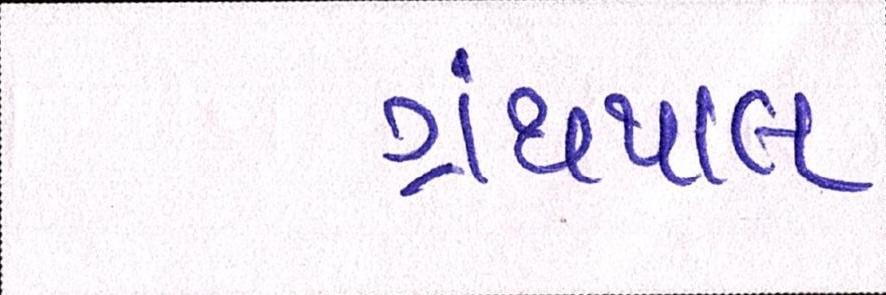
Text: ગ્રંથપાલ